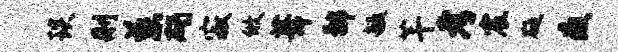
琰删慈碣寂攸葺鄙毓芊考宸砭疫